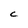
Character: C